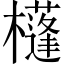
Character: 𣟀